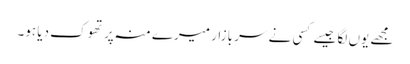
مجھے یوں لگا جیسے کسی نے سرِ بازار میرے منہ پر تھوک دیا ہو۔